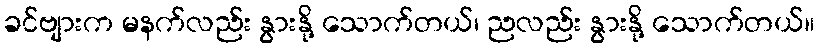
ခင်ဗျားက မနက်လည်း နွားနို့ သောက်တယ်၊ ညလည်း နွားနို့ သောက်တယ်။